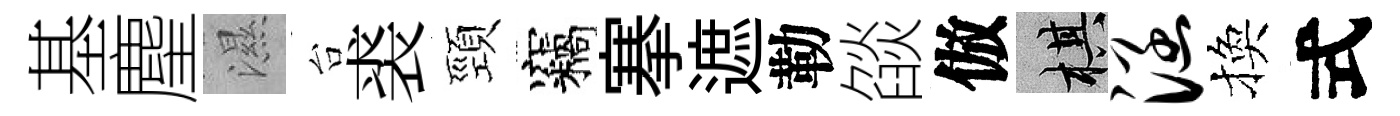
基麈濕台裘頸竊搴遮勒燄倣棋涵換式